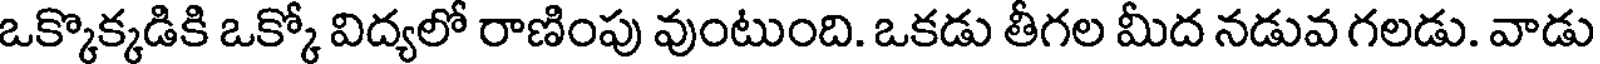
ఒక్కొక్కడికి ఒక్కో విద్యలో రాణింపు వుంటుంది. ఒకడు తీగల మీద నడువ గలడు. వాడు